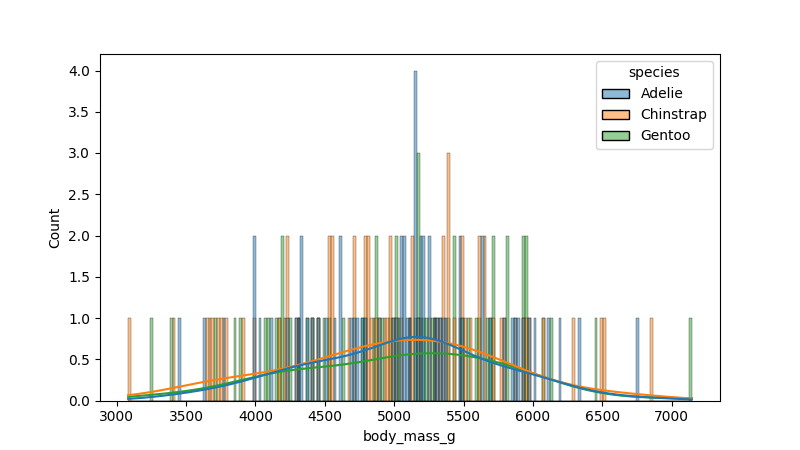
python, seaborn, histplot, hue='species', binwidth=20, bins='10', element='bars'